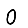
Digit: 0